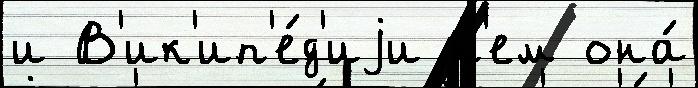
и В'ик'ип'е́д'иjи н'ем она́